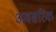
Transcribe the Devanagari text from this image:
अवसरिक